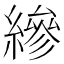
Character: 縿